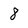
Character: 8